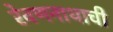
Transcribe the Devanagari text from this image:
रेवणनाथाची